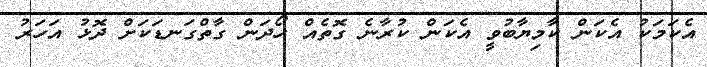
އެކަމަކު އެކަން ކާމިޔާބުވީ އެކަން ކުރާނެ ގޮތެއް ހޯދަން ގާތްގަނޑަކަށް ދޮޅު އަހަރު